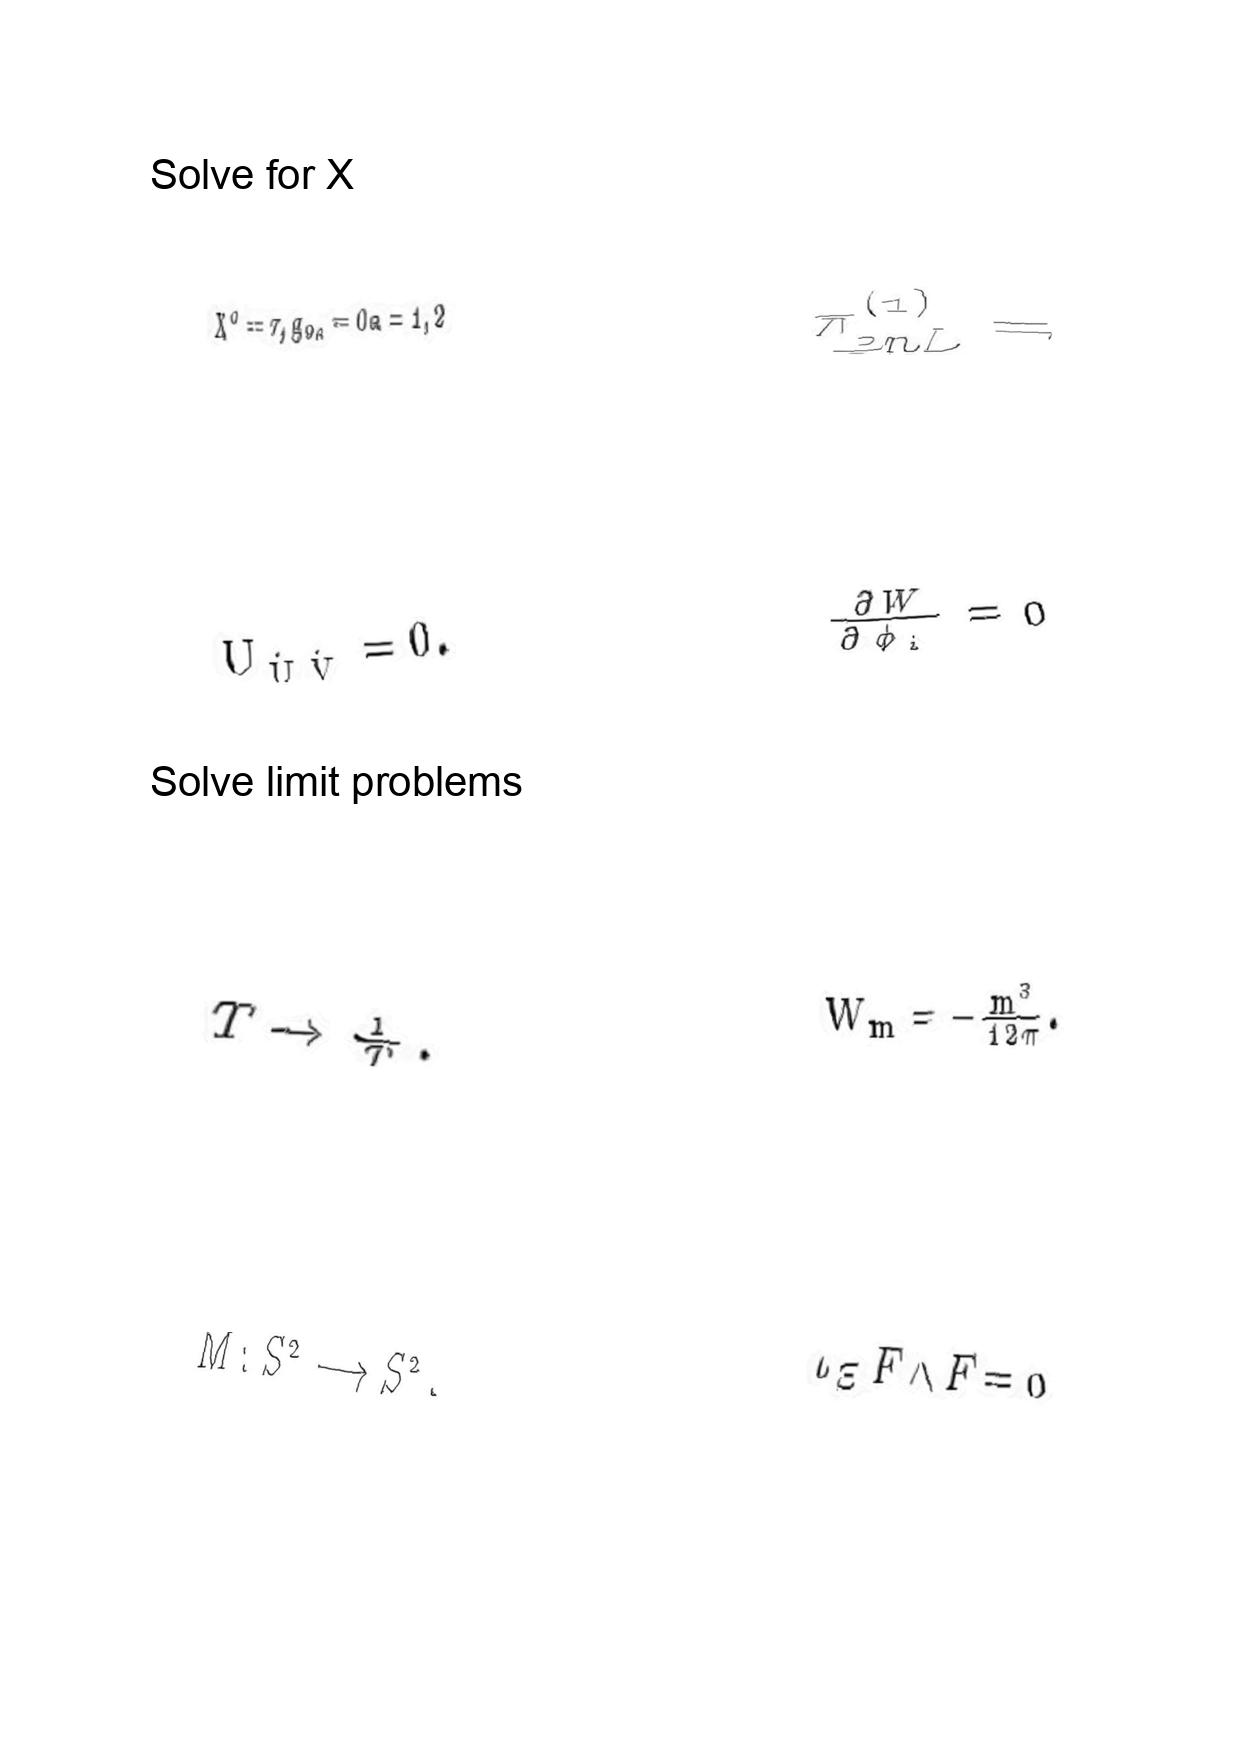
LaTeX transcription:
X ^ { 0 } = \tau , g _ { 0 a } = 0 a = 1 , 2
U _ { \hat { U } \hat { V } } = 0 .
T \rightarrow \frac { 1 } { T } .
M : S ^ { 2 } \longrightarrow S ^ { 2 } .
\pi _ { 2 n L } ^ { \lparen 1 \rparen } =
\frac { \partial W } { \partial \phi _ { i } } = 0
W _ { m } = - \frac { m ^ { 3 } } { 1 2 \pi } .
\iota _ { \Xi } F \wedge F = 0